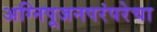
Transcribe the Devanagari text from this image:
अग्निपूजनपरंपरेचा